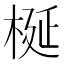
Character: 梴